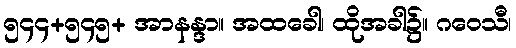
၅၄၄+၅၄၅+ အာနန္ဒာ။ အထခေါ၊ ထိုအခါ၌။ ဂဝေသီ၊